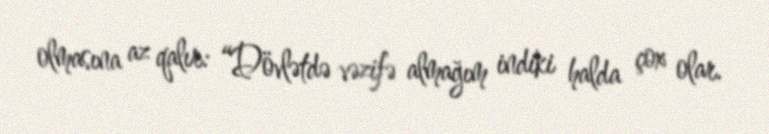
olmasına az qalır: “Dövlətdə vəzifə almağım indiki halda çox olar.